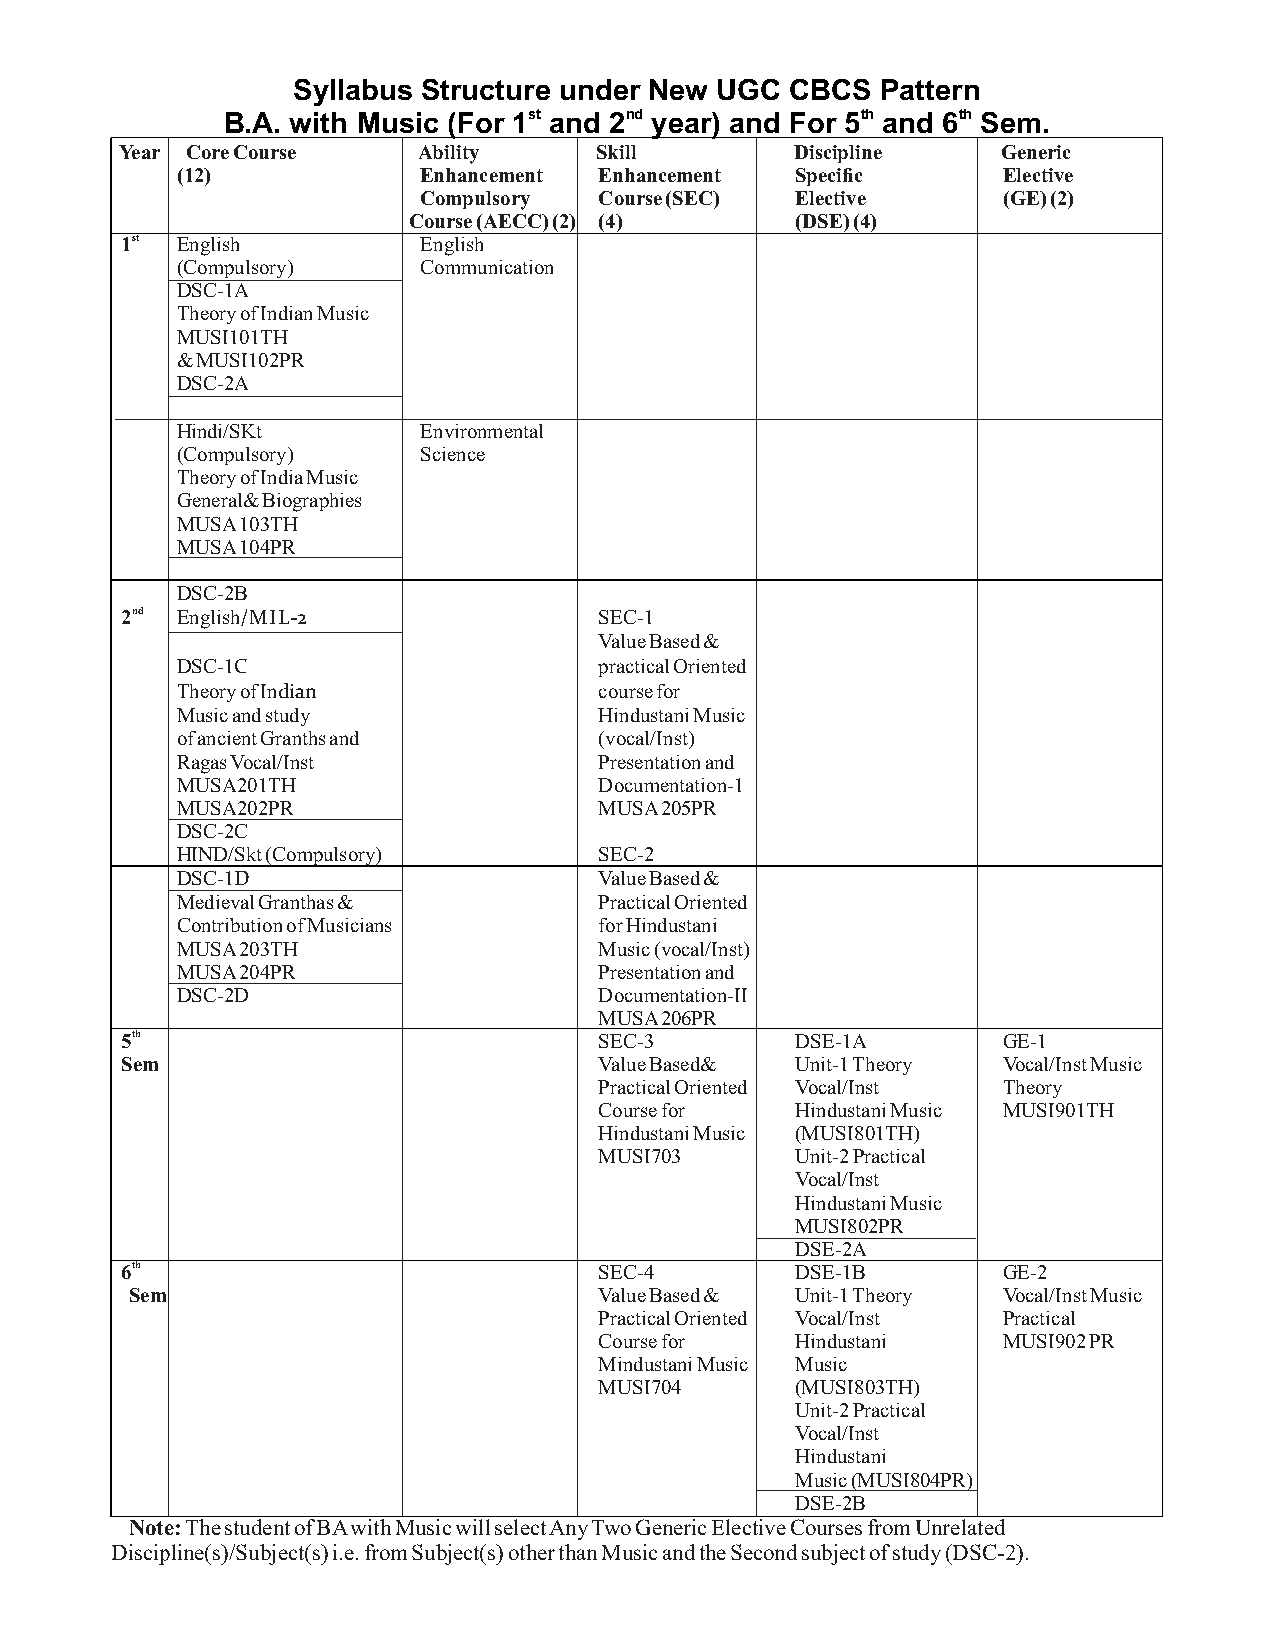
Syllabus Structure under New UGC CBCS  Pattern
 B.A. with Music (For 1st and 2nd year) and For 5th and 6th Sem.
 Year Core Course    Ability    Skill         Discipline   Generic
 (12)            Enhancement Enhancement  Specific     Elective
 Compulsory  Course (SEC) Elective     (GE) (2)
 Course (AECC) (2) (4)     (DSE) (4)
 1st English         English
 (Compulsory)    Communication
 DSC-1A
 Theory of Indian Music
 MUSI101TH
 & MUSI102PR
 DSC-2A
 Hindi/SKt       Environmental
 (Compulsory)    Science
 Theory of India Music
 General& Biographies
 MUSA 103TH
 MUSA 104PR
 DSC-2B
 2nd English/MIL-2               SEC-1
 Value Based &
 DSC-1C                      practical Oriented
 Theory of Indian            course for
 Music and study             Hindustani Music
 of ancient Granths and      (vocal/Inst)
 Ragas Vocal/Inst            Presentation and
 MUSA201TH                   Documentation-1
 MUSA202PR                   MUSA 205PR
 DSC-2C
 HIND/Skt (Compulsory)       SEC-2
 DSC-1D                      Value Based &
 Medieval Granthas &         Practical Oriented
 Contribution of Musicians   for Hindustani
 MUSA 203TH                  Music (vocal/Inst)
 MUSA 204PR                  Presentation and
 DSC-2D                      Documentation-II
 MUSA 206PR
 5th                             SEC-3        DSE-1A       GE-1
 Sem                             Value Based& Unit-1 Theory Vocal/Inst Music
 Practical Oriented Vocal/Inst Theory
 Course for   Hindustani Music MUSI901TH
 Hindustani Music (MUSI801TH)
 MUSI703      Unit-2 Practical
 Vocal/Inst
 Hindustani Music
 MUSI802PR
 DSE-2A
 6th                             SEC-4        DSE-1B       GE-2
 Sem                            Value Based & Unit-1 Theory Vocal/Inst Music
 Practical Oriented Vocal/Inst Practical
 Course for   Hindustani   MUSI902 PR
 Mindustani Music Music
 MUSI704      (MUSI803TH)
 Unit-2 Practical
 Vocal/Inst
 Hindustani
 Music (MUSI804PR)
 DSE-2B
 Note: The student of BA with Music will select Any Two Generic Elective Courses from Unrelated
 Discipline(s)/Subject(s) i.e. from Subject(s) other than Music and the Second subject of study (DSC-2).